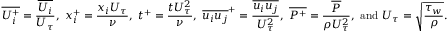
\overline { { { U _ { i } ^ { + } } } } = \frac { \overline { { U _ { i } } } } { U _ { \tau } } , ~ { x _ { i } ^ { + } } = \frac { x _ { i } U _ { \tau } } { \nu } , ~ t ^ { + } = { \frac { t U _ { \tau } ^ { 2 } } { \nu } } , ~ \overline { { u _ { i } u _ { j } } } ^ { + } = \frac { \overline { { u _ { i } u _ { j } } } } { U _ { \tau } ^ { 2 } } , ~ \overline { { { P ^ { + } } } } = \frac { \overline { { P } } } { \rho U _ { \tau } ^ { 2 } } , \mathrm { ~ a n d ~ } U _ { \tau } = \sqrt { \frac { \tau _ { w } } { \rho } } .